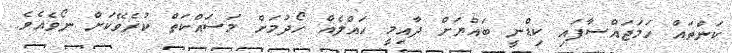
ކަންތައް ހަމަޖައްސާފައި ކިޑްނީ ބައްޔަށް ދާއިމީ ހައްލެއް ހޯދުމަށް މަސައްކަތް ކުރެވޭކަށް ނޯވެއެވެ.